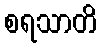
စရသာတိ